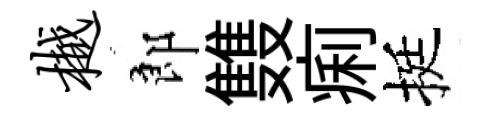
樾郎䨇痢挺